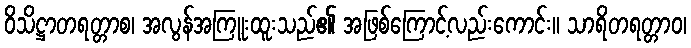
ဝိသိဋ္ဌာတရတ္တာစ၊ အလွန်အကြူးထူးသည်၏ အဖြစ်ကြောင့်လည်းကောင်း။ သာရိတရတ္တာဝ၊